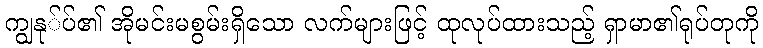
ကျွနု်ပ်၏ အိုမင်းမစွမ်းရှိသော လက်များဖြင့် ထုလုပ်ထားသည့် ရှာမာ၏ရုပ်တုကို